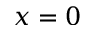
x = 0